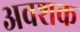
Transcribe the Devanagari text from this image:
अवशक